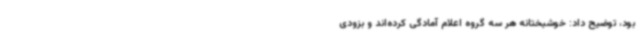
بود، توضیح داد: خوشبختانه هر سه گروه اعلام آمادگی کرده‌اند و بزودی